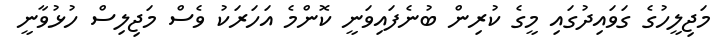
މަޖިލީހުގެ ގަވައިދުގައި މީގެ ކުރިން ބުނެފައިވަނީ ކޮންމެ އަހަރަކު ވެސް މަޖިލިސް ހުޅުވާނީ